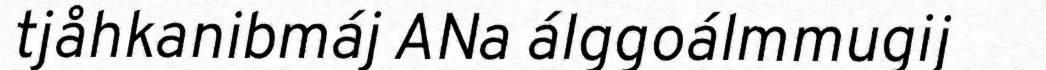
tjåhkanibmáj ANa álggoálmmugij